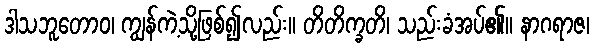
ဒါသဘူတောဝ၊ ကျွန်ကဲ့သို့ဖြစ်၍လည်း။ တိတိက္ခတိ၊ သည်းခံအပ်၏။ နာဂရာဇ၊